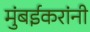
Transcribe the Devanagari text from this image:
मुंबईकरांनी